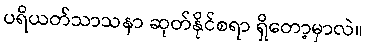
ပရိယတ်သာသနာ ဆုတ်နိုင်စရာ ရှိတော့မှာလဲ။